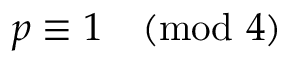
p \equiv 1 { \pmod { 4 } }